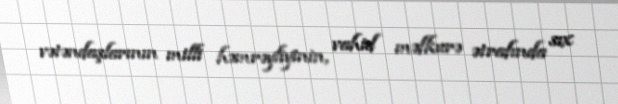
və­tən­daş­la­rı­nın mil­li həm­rəy­li­yi­nin, va­hid məf­ku­rə ət­ra­fın­da sıx